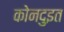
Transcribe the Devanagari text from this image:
कोनदुइत